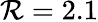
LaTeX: \mathcal{R}=2.1